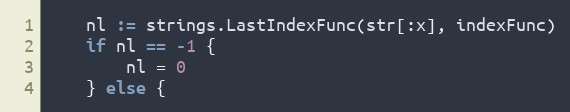
Language: Go
	nl := strings.LastIndexFunc(str[:x], indexFunc)
	if nl == -1 {
		nl = 0
	} else {